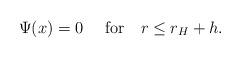
LaTeX: \begin{align*}\Psi (x) = 0 ~~~~{\rm for }~~~ r \leq r_H + h.\end{align*}